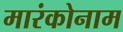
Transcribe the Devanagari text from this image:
मारंकोनाम